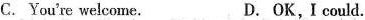
C.You're welcome. D.OK,I could.